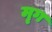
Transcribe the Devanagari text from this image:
मृ्ग